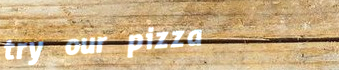
try our pizza